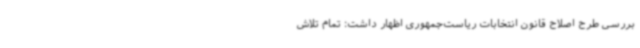
بررسی طرح اصلاح قانون انتخابات ریاست‌جمهوری اظهار داشت: تمام تلاش‌